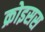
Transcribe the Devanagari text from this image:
क्रोइसस